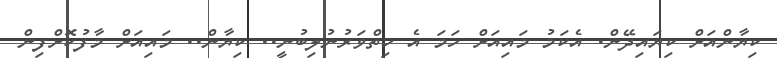
ކިޔާންއަށް ކިޔައިދޭން. އެކަމު މައިއަށް ހަމަ އެ ހިތްވަރުނުލިބުނީ.. ކިޔާން.. މައިއަށް މާފުކޮށްފިން